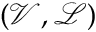
( \mathcal { V } , \mathcal { L } )